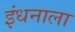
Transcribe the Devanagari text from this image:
इंधनाला